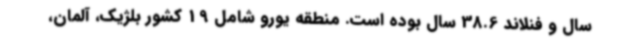
سال و فنلاند 38.6 سال بوده است. منطقه یورو شامل 19 کشور بلژیک، آلمان،